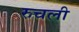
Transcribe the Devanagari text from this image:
रुचली